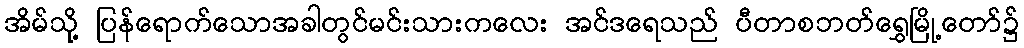
အိမ်သို့ ပြန်ရောက်သောအခါတွင်မင်းသားကလေး အင်ဒရေသည် ပီတာစဘတ်ရွှေမြို့တော်၌